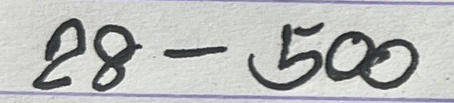
28 - 500